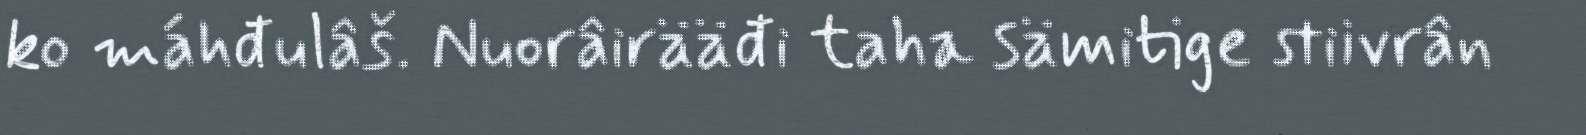
ko máhđulâš. Nuorâirääđi taha sämitige stiivrân